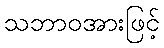
သဘာဝအားဖြင့်